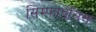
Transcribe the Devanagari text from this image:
सिम्फाईसिस